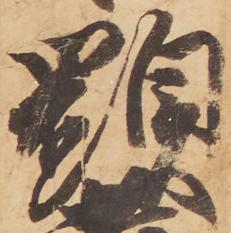
顕